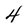
Character: 4